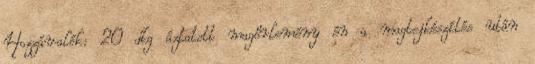
Hozzávalók: 20 dkg áztatott magőrlemény én a magtejkészítés után